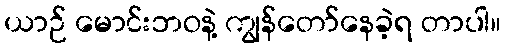
ယာဉ် မောင်းဘဝနဲ့ ကျွန်တော်နေခဲ့ရ တာပါ။